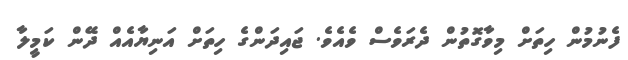
ފެނުމުން ހިތަށް މިވާގޮތުން ދެރަވެސް ވެއެވެ. ޖައިދަންގެ ހިތަށް އަނިޔާއެއް ދޭން ކަމީލާ